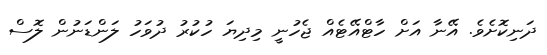
ދަނިކޮށެވެ. އޭނާ އަށް ހާޓްއޭޓެއް ޖެހުނީ މިދިޔަ ހުކުރު ދުވަހު ލަންޑަނުން ލޮސް